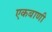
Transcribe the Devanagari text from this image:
एकबाणी